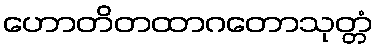
ဟောတိတထာဂတောသုတ္တံ